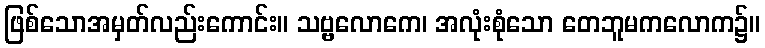
ဖြစ်သောအမှတ်လည်းကောင်း။ သဗ္ဗလောကေ၊ အလုံးစုံသော တေဘူမကလောက၌။